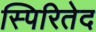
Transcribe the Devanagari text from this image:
स्पिरितेद